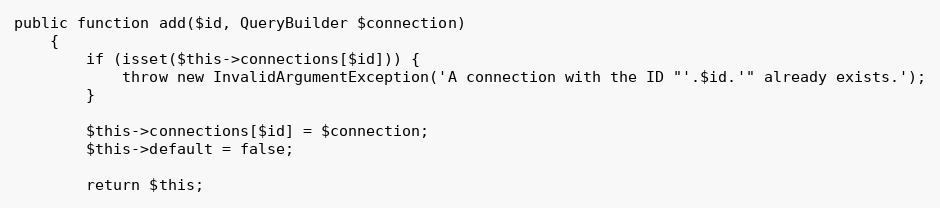
Language: PHP
public function add($id, QueryBuilder $connection)
    {
        if (isset($this->connections[$id])) {
            throw new InvalidArgumentException('A connection with the ID "'.$id.'" already exists.');
        }

        $this->connections[$id] = $connection;
        $this->default = false;

        return $this;